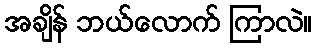
အချိန် ဘယ်လောက် ကြာလဲ။